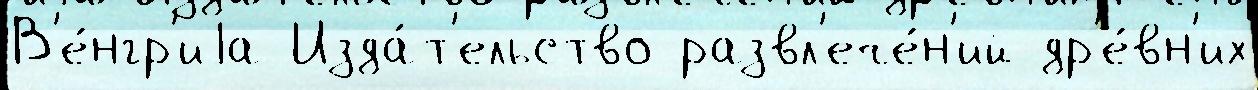
В'е́нгр'иjа Изда́т'ельство развл'ече́н'ий др'е́вн'их